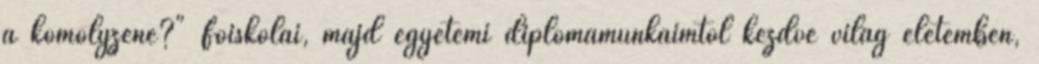
a komolyzene?" Főiskolai, majd egyetemi diplomamunkáimtól kezdve világ életemben,